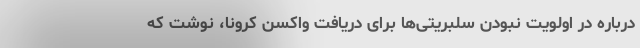
درباره در اولویت نبودن سلبریتی‌ها برای دریافت واکسن کرونا، نوشت که